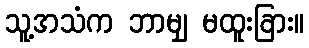
သူ့အသံက ဘာမျှ မထူးခြား။